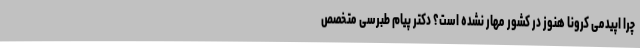
چرا اپیدمی کرونا هنوز در کشور مهار نشده است؟ دکتر پیام طبرسی متخصص